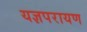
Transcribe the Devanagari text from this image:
यज्ञपरायण